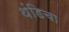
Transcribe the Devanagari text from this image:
थंडिचा